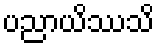
ပညာယိဿသိ